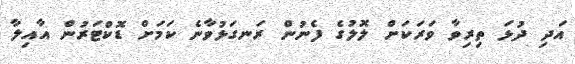
އަދި ދުޅަ ތިރިވާ ވަރަކަށް ލޮލުގެ ފެނުން ރަނގަޅުވާނެ ކަމަށް ޑޮކްޓަރުން އާއިލާ